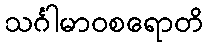
သင်္ဂါမာဝစရောတိ